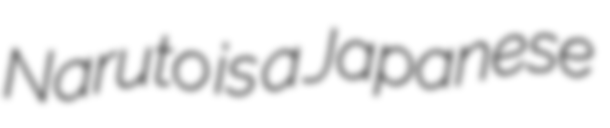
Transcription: Naruto is a Japanese